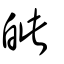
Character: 皉